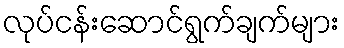
လုပ်ငန်းဆောင်ရွက်ချက်များ